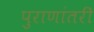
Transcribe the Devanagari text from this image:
पुराणांतरीं